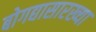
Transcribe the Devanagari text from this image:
बोगद्यासारख्या